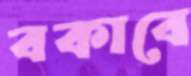
বকাবে